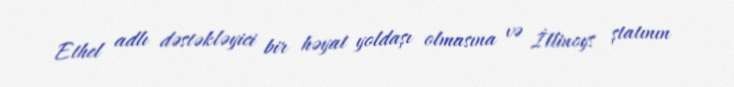
Ethel adlı dəstəkləyici bir həyat yoldaşı olmasına və İllinoys ştatının